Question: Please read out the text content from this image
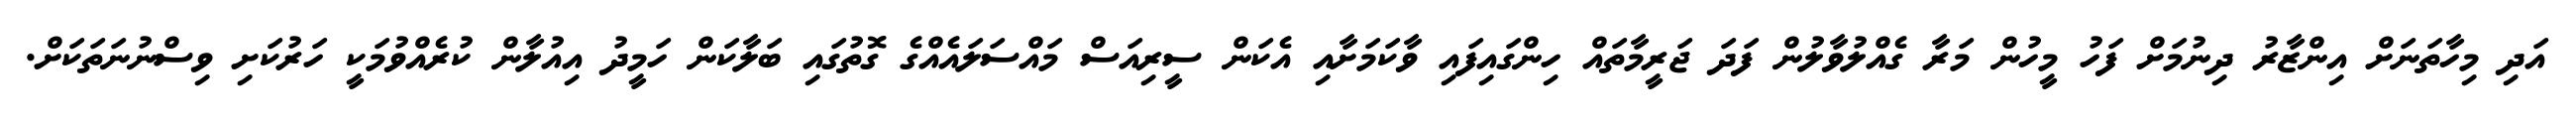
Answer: އަދި މިހާތަނަށް އިންޒާރު ދިނުމަށް ފަހު މީހުން މަރާ ގެއްލުވާލުން ފަދަ ޖަރީމާތައް ހިންގައިފައި ވާކަމަށާއި އެކަން ސީރިއަސް މައްސަލައެއްގެ ގޮތުގައި ބަލާކަން ހަމީދު އިއުލާން ކުރެއްވުމަކީ ހަރުކަށި ވިސްނުނަތަކަށް.